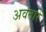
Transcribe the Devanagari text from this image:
अवतारें